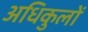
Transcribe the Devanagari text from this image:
अधिकुलों